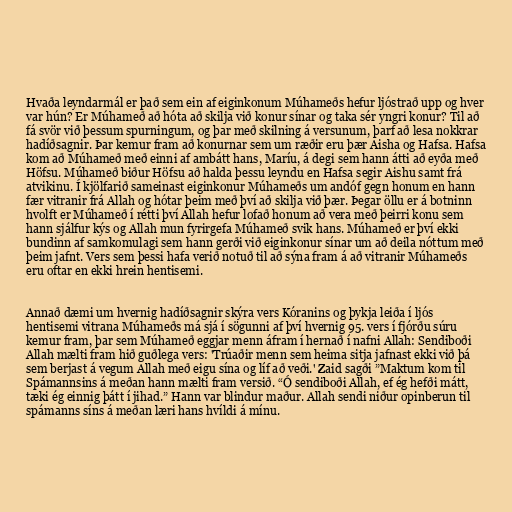
Hvaða leyndarmál er það sem ein af eiginkonum Múhameðs hefur ljóstrað upp og hver
var hún? Er Múhameð að hóta að skilja við konur sínar og taka sér yngri konur? Til að
fá svör við þessum spurningum, og þar með skilning á versunum, þarf að lesa nokkrar
hadíðsagnir. Þar kemur fram að konurnar sem um ræðir eru þær Aisha og Hafsa. Hafsa
kom að Múhameð með einni af ambátt hans, Maríu, á degi sem hann átti að eyða með
Höfsu. Múhameð biður Höfsu að halda þessu leyndu en Hafsa segir Aishu samt frá
atvikinu. Í kjölfarið sameinast eiginkonur Múhameðs um andóf gegn honum en hann
fær vitranir frá Allah og hótar þeim með því að skilja við þær. Þegar öllu er á botninn
hvolft er Múhameð í rétti því Allah hefur lofað honum að vera með þeirri konu sem
hann sjálfur kýs og Allah mun fyrirgefa Múhameð svik hans. Múhameð er því ekki
bundinn af samkomulagi sem hann gerði við eiginkonur sínar um að deila nóttum með
þeim jafnt. Vers sem þessi hafa verið notuð til að sýna fram á að vitranir Múhameðs
eru oftar en ekki hrein hentisemi.

Annað dæmi um hvernig hadíðsagnir skýra vers Kóranins og þykja leiða í ljós
hentisemi vitrana Múhameðs má sjá í sögunni af því hvernig 95. vers í fjórðu súru
kemur fram, þar sem Múhameð eggjar menn áfram í hernað í nafni Allah: Sendiboði
Allah mælti fram hið guðlega vers: 'Trúaðir menn sem heima sitja jafnast ekki við þá
sem berjast á vegum Allah með eigu sína og líf að veði.' Zaid sagði ”Maktum kom til
Spámannsins á meðan hann mælti fram versið. “Ó sendiboði Allah, ef ég hefði mátt,
tæki ég einnig þátt í jihad.” Hann var blindur maður. Allah sendi niður opinberun til
spámanns síns á meðan læri hans hvíldi á mínu.